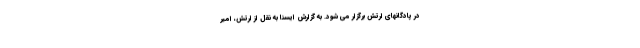
در پادگانهای ارتش برگزار می شود. به گزارش ایسنا به نقل از ارتش، امیر